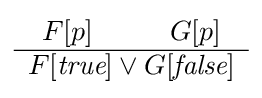
{\begin{array}{c}F[p]\;\;\;\;\;\;\;\;\;\;G[p]\\\hline F[{\textit {true}}]\lor G[{\textit {false}}]\\\end{array}}